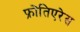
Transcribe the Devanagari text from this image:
फ्रोंतिएरेस